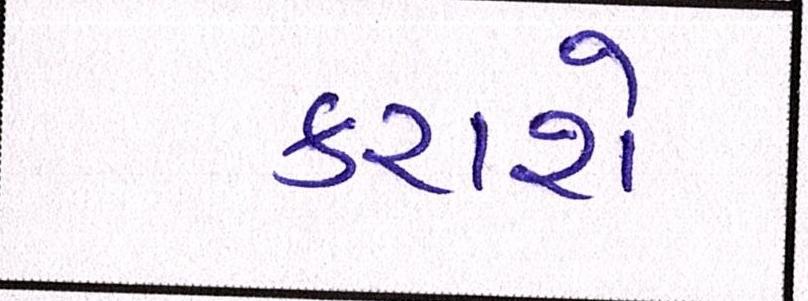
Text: કરાશે